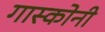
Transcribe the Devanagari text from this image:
गास्कोनी